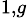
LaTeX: ^{1,g}